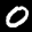
Label: 0